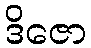
ဒိဇော